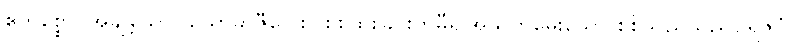
ဧကစ္စော၊ အချို့သော။ ယောဓာဇီဝေါစ၊ စစ်ထိုးခြင်းကိုမှီ၍အသက်မွေးသော စစ်သည်သည်။ ရဇဂ္ဂံ၊